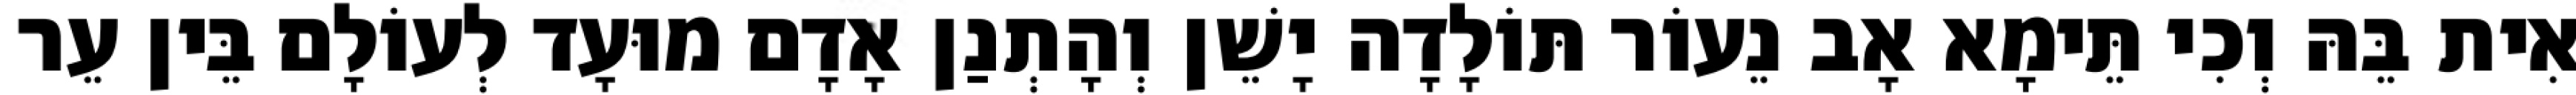
אִית בֵּהּ וְכִי תֵּימָא אָב נֵעוֹר תּוֹלָדָה יָשֵׁן וְהָתְנַן אָדָם מוּעָד לְעוֹלָם בֵּין עֵר